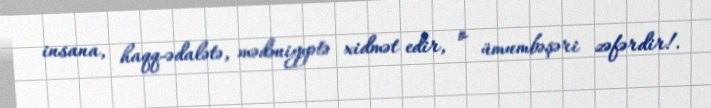
insana, haqq-ədalətə, mədəniyyətə xidmət edir, o ümumbəşəri zəfərdir!.